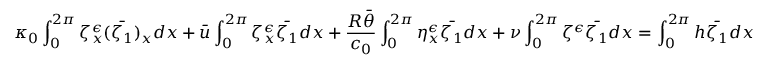
\kappa _ { 0 } \int _ { 0 } ^ { 2 \pi } \zeta _ { x } ^ { \epsilon } ( \bar { \zeta _ { 1 } } ) _ { x } d x + \bar { u } \int _ { 0 } ^ { 2 \pi } \zeta _ { x } ^ { \epsilon } \bar { \zeta _ { 1 } } d x + \frac { R \bar { \theta } } { c _ { 0 } } \int _ { 0 } ^ { 2 \pi } \eta _ { x } ^ { \epsilon } \bar { \zeta _ { 1 } } d x + \nu \int _ { 0 } ^ { 2 \pi } \zeta ^ { \epsilon } \bar { \zeta _ { 1 } } d x = \int _ { 0 } ^ { 2 \pi } h \bar { \zeta _ { 1 } } d x